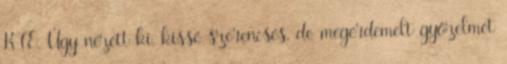
KTE. Úgy nézett ki, kissé szerencsés, de megérdemelt győzelmet